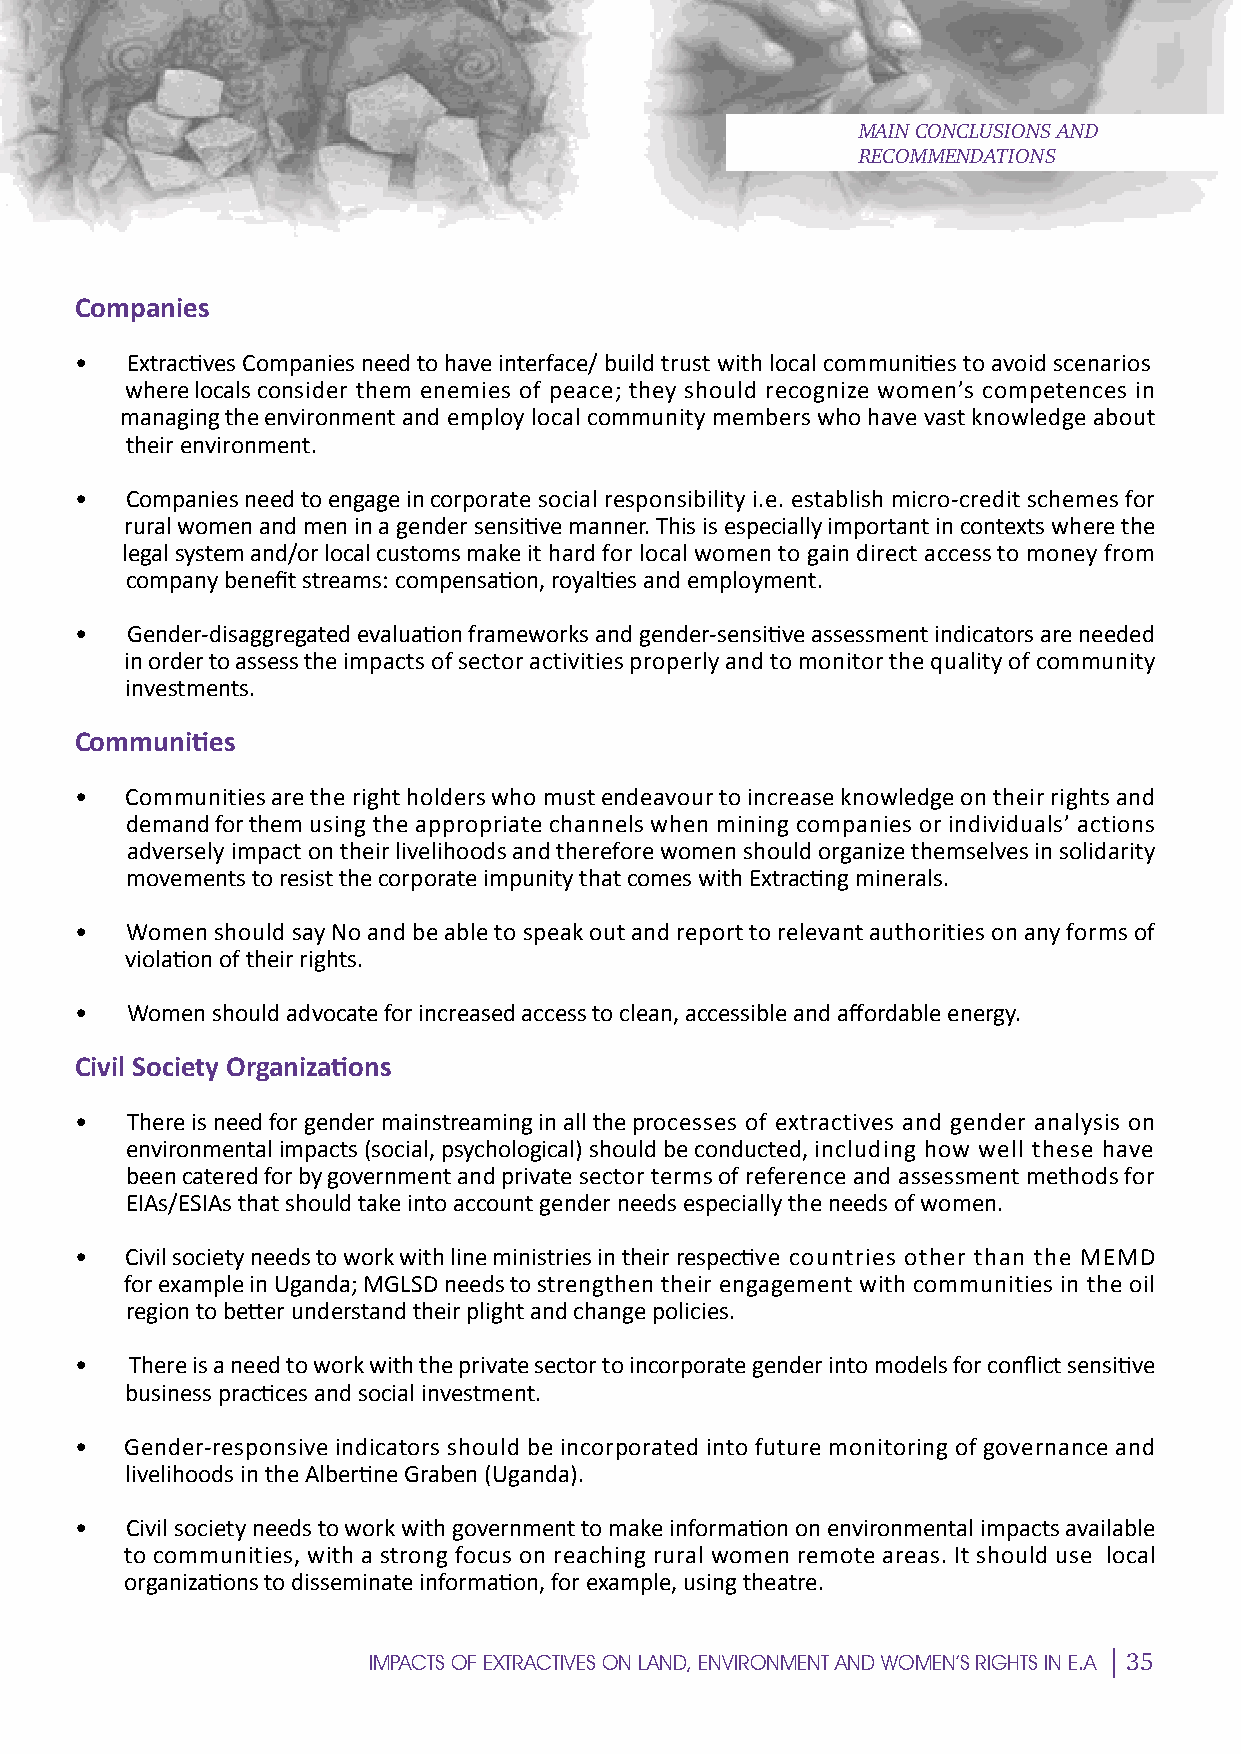
MAIN CONCLUSIONS AND
 RECOMMENDATIONS
 S
 Companies
 •  Extractives Companies need to have interface/ build trust with local communities to avoid scenarios
 where locals consider them enemies of peace; they should recognize women’s competences in
 managing the environment and employ local community members who have vast knowledge about
 thePir environment.
 •  Companies need to engage in corporate social responsibility i.e. establish micro-credit schemes for
 rural women and men in a gender sensitive manner. This is especially important in contexts where the
 legal system and/or local customs make it hard for local women to gain direct access to money from
 company benefit streams: compensation, royalties and employment.
 E
 •  Gender-disaggregated evaluation frameworks and gender-sensitive assessment indicators are needed
 in order to assess the impacts of sector activities properly and to monitor the quality of community
 investments.
 Communities
 C
 •  Communities are the right holders who must endeavour to increase knowledge on their rights and
 demand for them using the appropriate channels when mining companies or individuals’ actions
 adversely impact on their livelihooIds and therefore women should organize themselves in solidarity
 movements to resist the corporate impunity that comes with Extracting minerals.
 •  Women should say No and be able to speak out and report to relevant authorities on any forms of
 violation of their rights.
 E
 •  Women should advocate for increased access to clean, accessible and affordable energy.
 Civil Society Organizations
 •  There is need for gender mainstreaming in all the processes of extractives and gender analysis on
 environmental impacts (social, psychological) shoulMd be conducted, including how well these have
 been catered for by government and private sector terms of reference and assessment methods for
 EIAs/ESIAs that should take into account gender needs especially the needs of women.
 •  Civil society needs to work with line ministries in their respective countries other than the MEMD
 for example in Uganda; MGLSD needs to strengthen their engagement with communities in the oil
 region to better understand their plight and change policies.
 E
 •   There is a need to work with the private sector to incorporate gender into models for conflict sensitive
 business practices and social investment.
 •  Gender-responsive indicators should be incorporated into future monitoring of governance and
 livelihoods in the Albertine Graben (Uganda).
 N
 •  Civil society needs to work with government to make information on environmental impacts available
 to communities, with a strong focus on reaching rural women remote areas. It should use local
 organizations to disseminate information, for example, using theatre.
 35
 IMPACTS OF EXTRACTIVES ON LAND, ENVIRONMENT AND WOMEN’S RIGHTS IN E.A